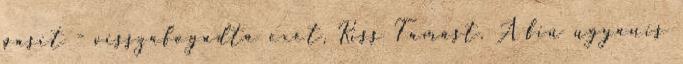
pasit - visszafogadta exét, Kiss Tamást. A fiú ugyanis